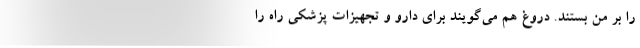
را بر من بستند. دروغ هم می‌گویند برای دارو و تجهیزات پزشکی راه را